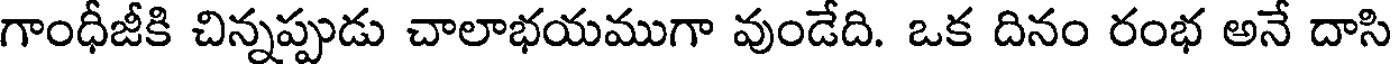
గాంధీజీకి చిన్నప్పుడు చాలాభయముగా వుండేది. ఒక దినం రంభ అనే దాసి